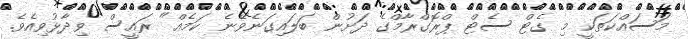
މަސައްކަތަކީ މި ގެޓް ސެޓް ޕްރޮގްރާމްގެ ދަށުން ބަލައިގަނެވޭނެ ކަމެއް" ރައީސް ވިދާޅުވިއެވެ.